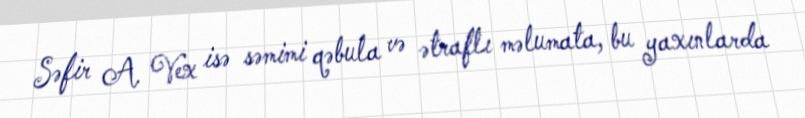
Səfir A. Vex isə səmimi qəbula və ətraflı məlumata, bu yaxınlarda